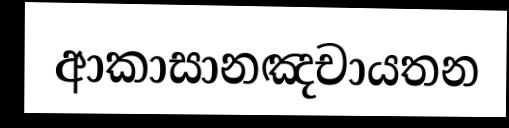
ආකාසානඤචායතන